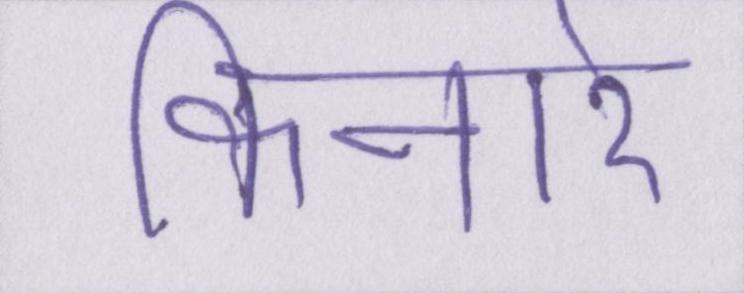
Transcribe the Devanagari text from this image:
किनारे